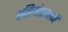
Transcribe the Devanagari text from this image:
क्षत्रियांप्रमाणें